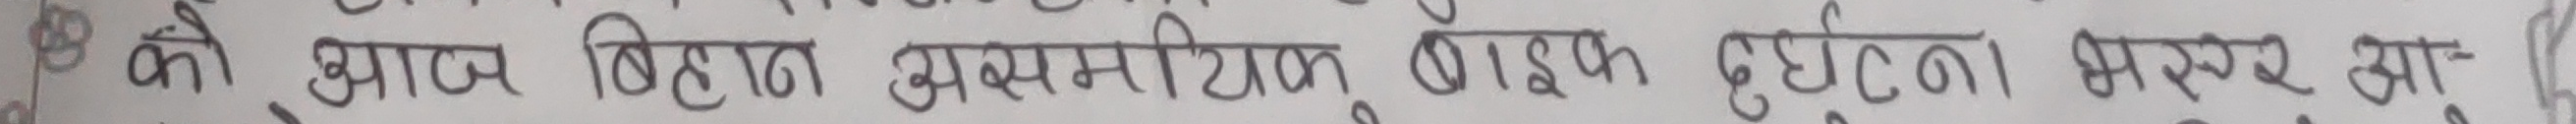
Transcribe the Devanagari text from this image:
कीं आप बिहान अमिरिका पाइप दुर्घटना भप्फर आ